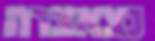
נצאצרה